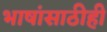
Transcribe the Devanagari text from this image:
भाषांसाठीही